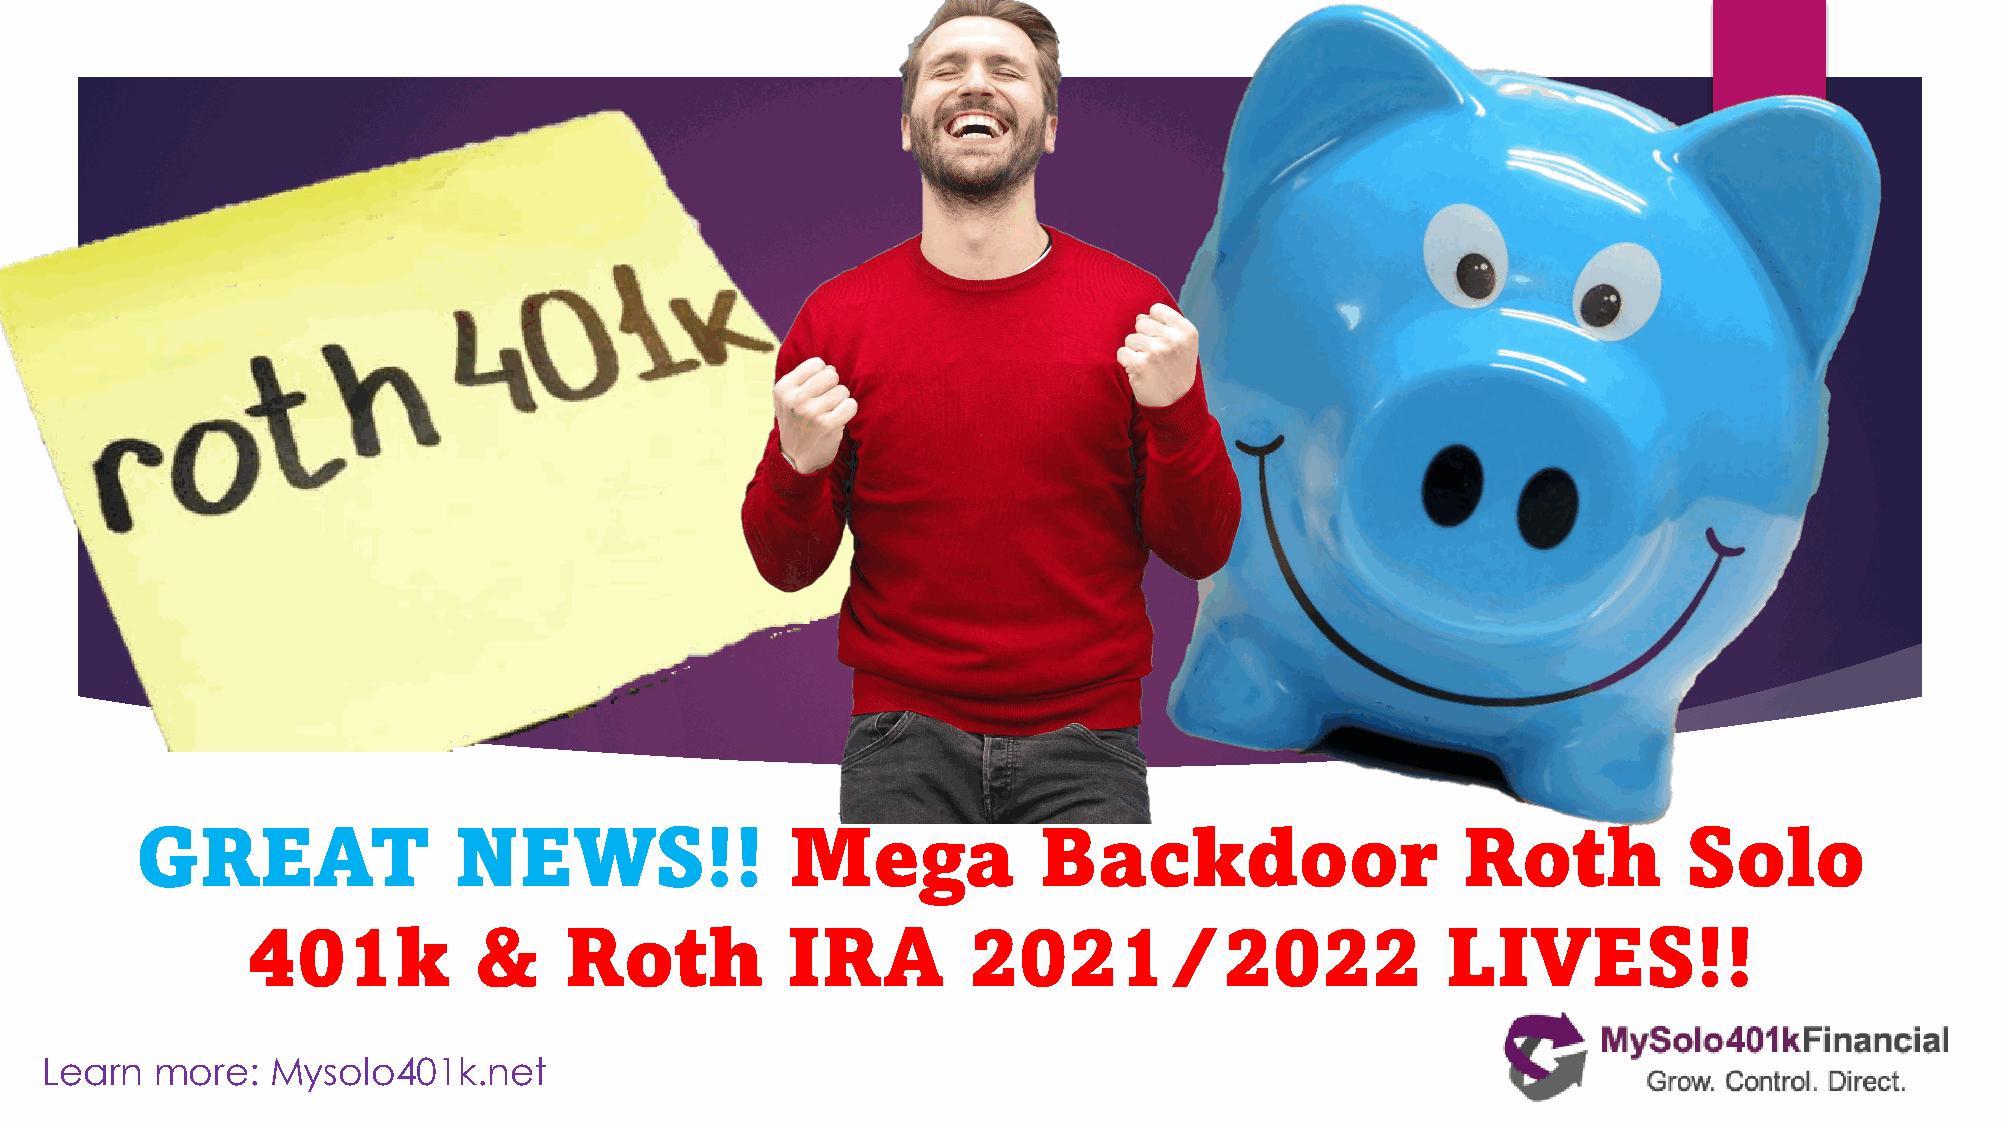
GREAT                NEWS!!                Mega             Backdoor                    Roth           Solo
 401k           &     Roth           IRA         2021/2022                       LIVES!!
 Learn  more:   Mysolo401k.net